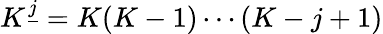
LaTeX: K^{\underline{{j}}}=K(K-1)\cdots(K-j+1)